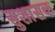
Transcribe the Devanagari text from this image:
सुशासक